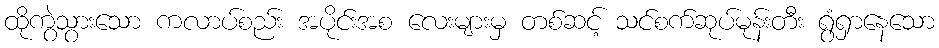
ထိုကွဲသွားသော ကလာပ်စည်း အပိုင်းအစ လေးများမှ တစ်ဆင့် သင်စက်ဆုပ်မုန်းတီး ရွံရှာနေသော